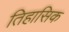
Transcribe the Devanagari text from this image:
तिहासिक